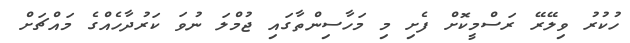
ހުކުރު ވިލޭރޭ ރަސްމީކޮށް ފެށި މި މަހާސިންތާގައި ޖުމްލަ ނުވަ ކަރުދާހެއްގެ މައްޗަށް